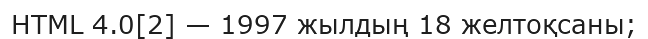
HTML 4.0[2] — 1997 жылдың 18 желтоқсаны;